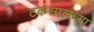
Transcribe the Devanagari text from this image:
टकसालच्या